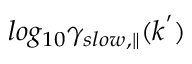
l o g _ { 1 0 } \gamma _ { s l o w , \parallel } ( k ^ { ' } )